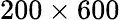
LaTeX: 200\times 600